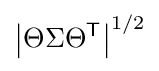
\left|\Theta \Sigma \Theta ^{\mathsf {T}}\right|^{1/2}